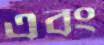
এবং